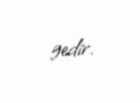
gedir.